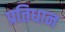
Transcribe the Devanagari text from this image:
प्रतिधान